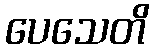
ပေသေတိ